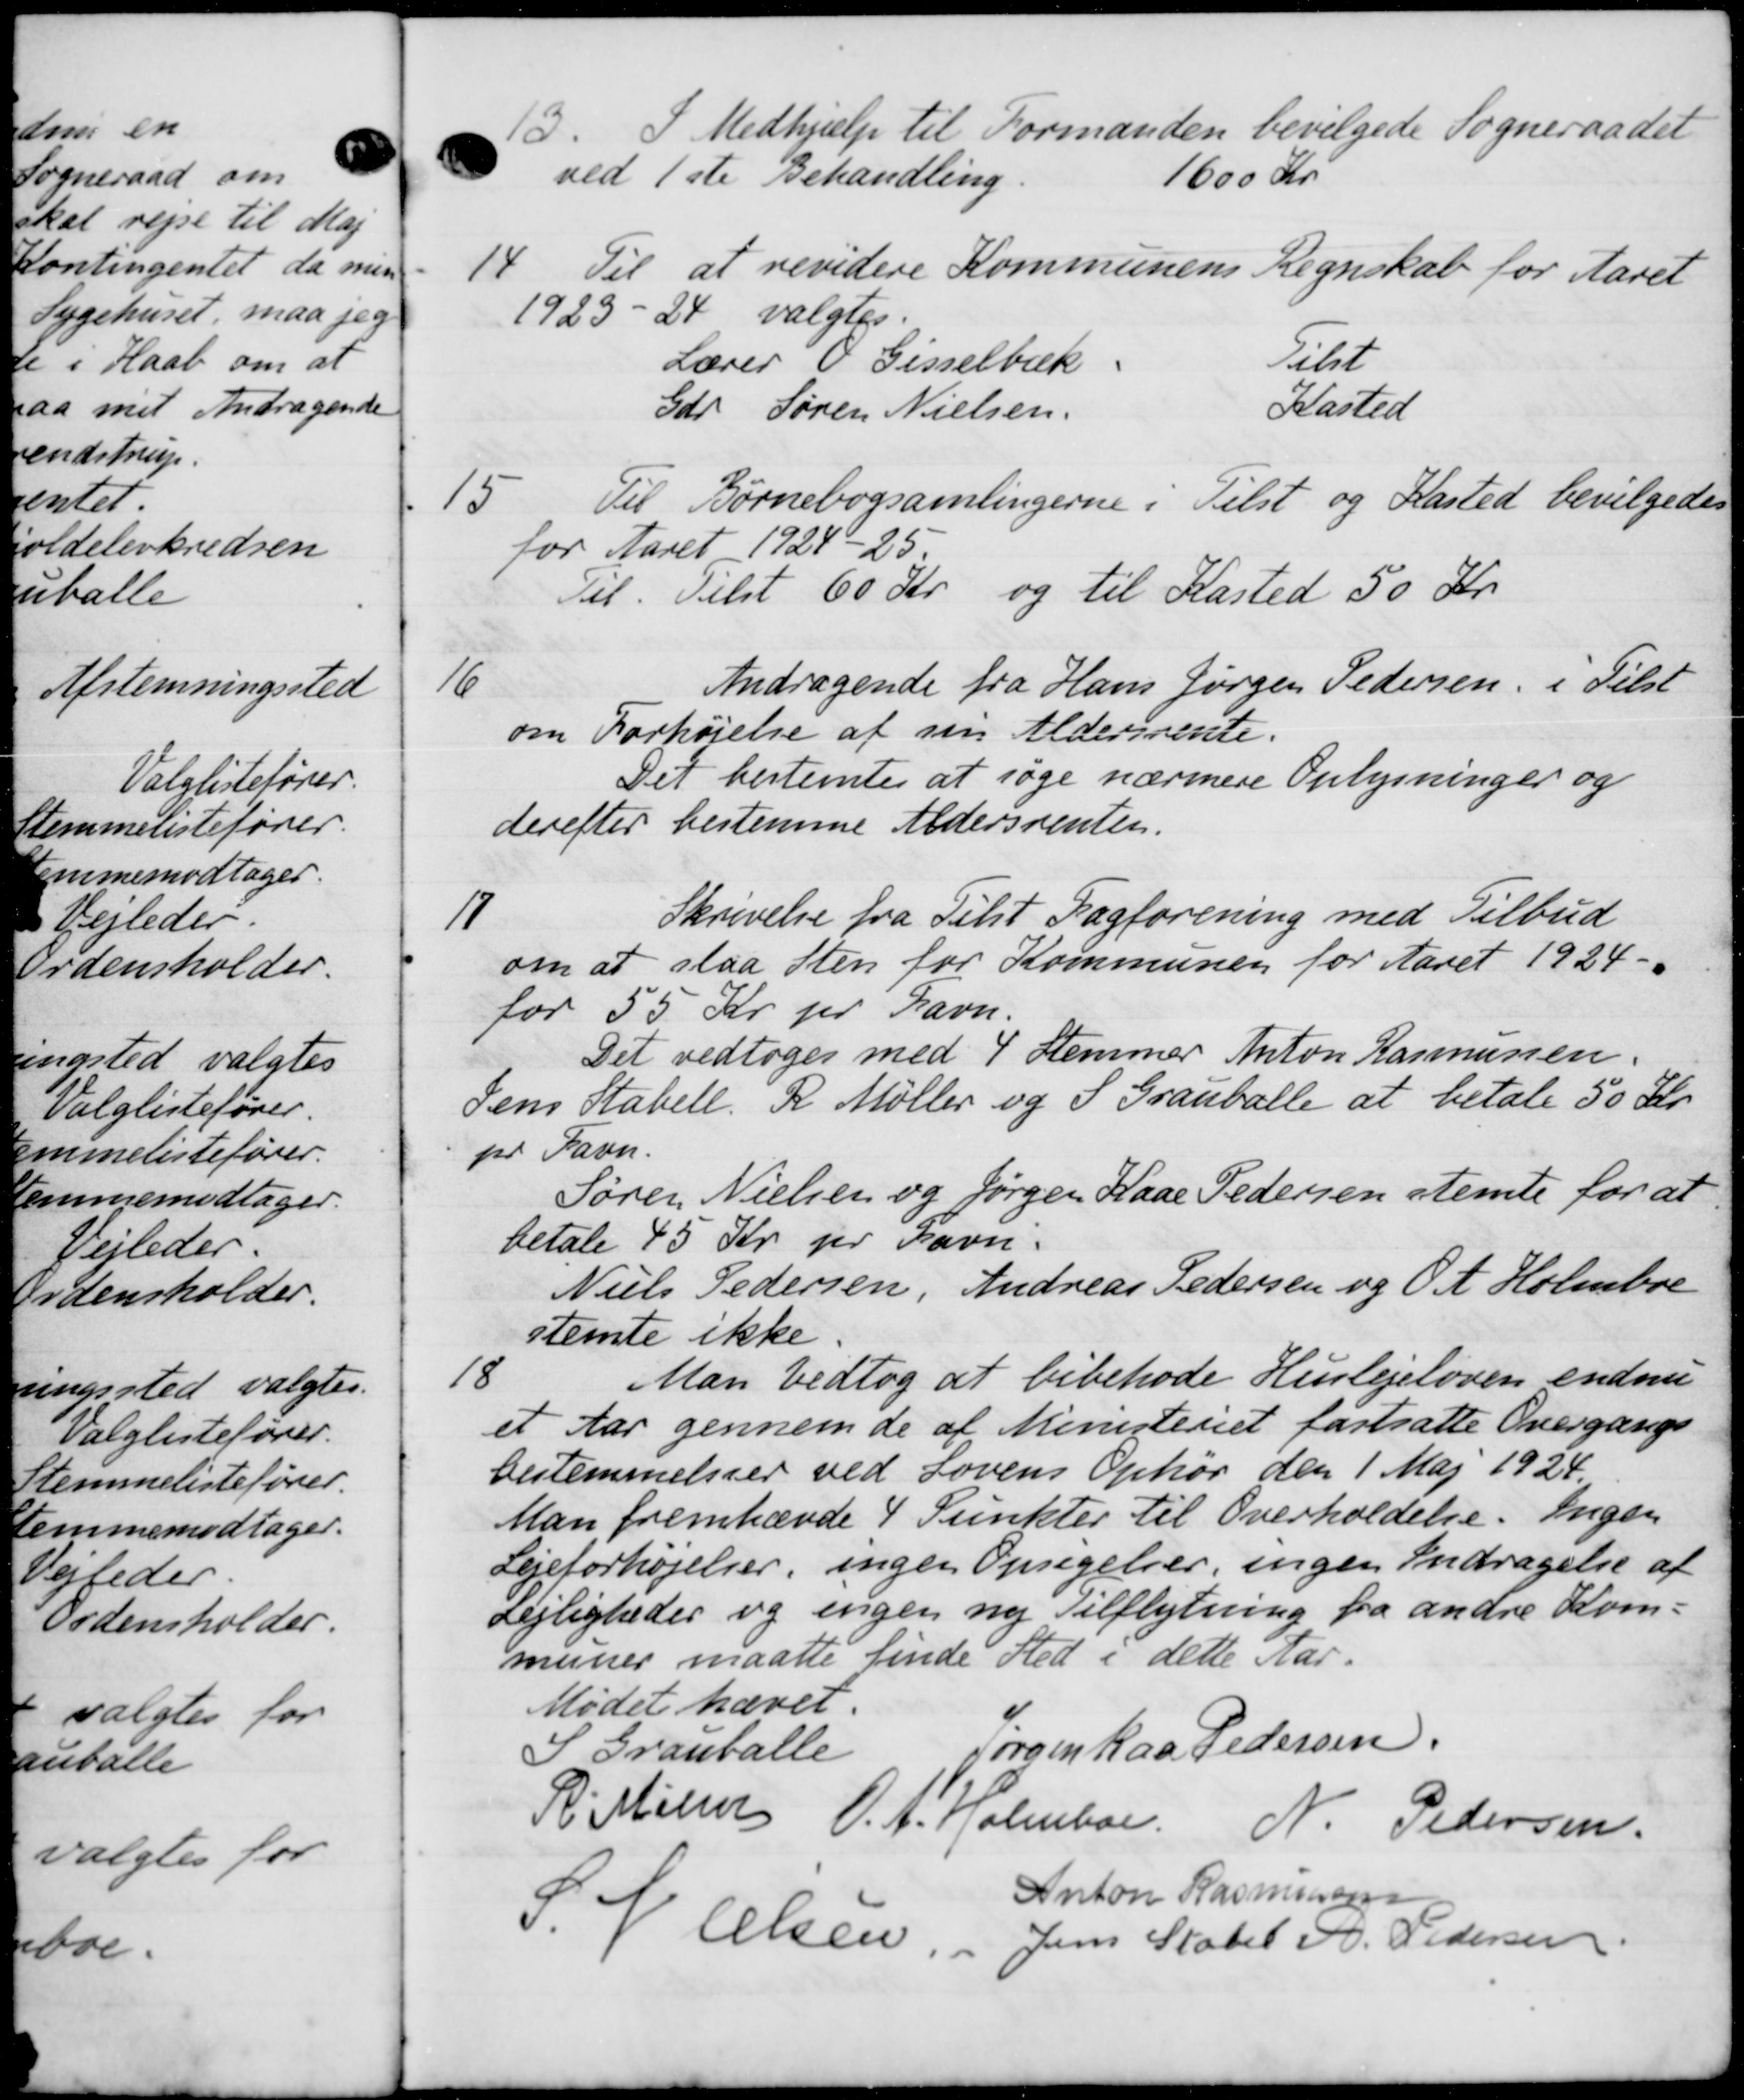
Transskription:
13.
I Medhjælp til Formanden bevilgede Sogneraadet
ved 1ste Behandling.
1600 Kr.
14.
Til at revidere Kommunens Regnskab for Aaret
1923 - 24 valgtes.
Lærer O Gisselbæk
Tilst
Gdr Søren Nielsen
Kasted
15
Til Børnebogsamlingerne i Tilst og Kasted bevilgedes
for Aaret 1924-25.
Til Tilst 60 Kr og til Kasted 50 Kr.
16
Andragende fra Hans Jørgen Pedersen i Tilst
om Forhøjelse af sin Aldersrente.
Det bestemtes at søge nærmere Oplysninger og
derefter bestemme Aldersrenten.
11
Skrivelse fra Tilst Fagforening med Tilbud
om at slaa Sten for Kommunen for Aaret 1924.
for 55 Kr pr Ravn.
Det vedtoges med 4 Stemmer Anton Rasmussen.
Jens Stabell, R. Møller og S. Grauballe at betale 50 Kr.
pr Favn.
Søren Nielsen og Jørgen Kaae Pedersen stemte for at
betale 45 Kr pr Favn.
Niels Pedersen, Andreas Pedersen og O. At Holmboe
stemte ikke
18
Man vedtog at bibehode Huslejeloven endnu
et Aar gennem de af Ministeriet fastsatte Overgangs
bestemmelser ved Lovens Ophør den 1 Maj 1924.
Man fremhævde 4 Punkter til Overholdelse. Ingen
Lejeforhøjelser, ingen Opsigelser, ingen Andragelse af
Lejligheder og ingen ny Tilflytning fra andre Kom-
muner maatte finde Sted i dette Aar.
Mødet hævet.
S Granballe
Jørgen Kaa Pedersen.
R. Møller O. A. Holmbor N. Pedersen
Anton Rasmussen
S. V. Olsen, Jens Statet A. Pedersen